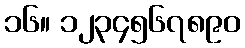
၁၆။ ၁၂၃၄၅၆၇၈၉၀